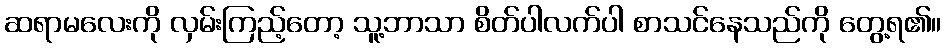
ဆရာမလေးကို လှမ်းကြည့်တော့ သူ့ဘာသာ စိတ်ပါလက်ပါ စာသင်နေသည်ကို တွေ့ရ၏။